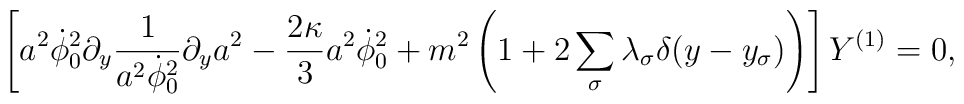
\left[a^2\dot\phi^2_0\partial_y \frac{1}{a^2\dot\phi_0^2}\partial_y  a^2 -\frac{2\kappa}{3} a^2\dot\phi_0^2  +m^2\left(1+2\sum_\sigma \lambda_\sigma \delta (y-y_\sigma)\right)\right]   Y^{(1)}=0,